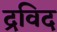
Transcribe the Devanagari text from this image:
द्रविद